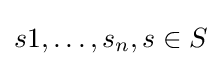
s1,\dots ,s_{n},s\in S